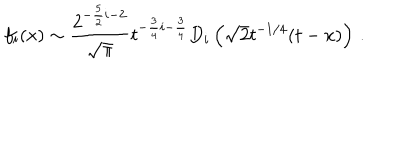
f _ { i } ( x ) \sim { \frac { 2 ^ { - { \frac { 5 } { 2 } } i - 2 } } { \sqrt \pi } } t ^ { - { \frac { 3 } { 4 } } i - { \frac { 3 } { 4 } } } D _ { i } \left( \sqrt { 2 } t ^ { - 1 / 4 } ( t - x ) \right) \, .